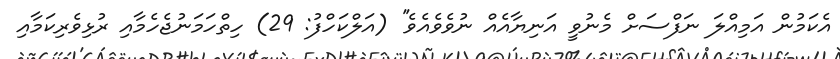
އެކަމުން އަމިއްލަ ނަފްސަށް މެނުވީ އަނިޔާއެއް ނުވެވެއެވެ'' (އަލްކަހްފު: 29) ހިތްހަމަނުޖެހެމާއި ރުޅިވެރިކަމާއި